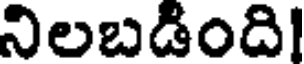
నిలబడింది